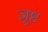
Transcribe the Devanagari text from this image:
जुष्ट